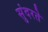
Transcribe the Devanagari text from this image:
सुंदरते